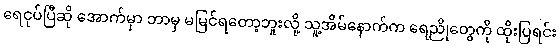
ရေငုပ်ပြီဆို အောက်မှာ ဘာမှ မမြင်ရတော့ဘူးလို့ သူ့အိမ်နောက်က ရေညိုတွေကို ထိုးပြရင်း